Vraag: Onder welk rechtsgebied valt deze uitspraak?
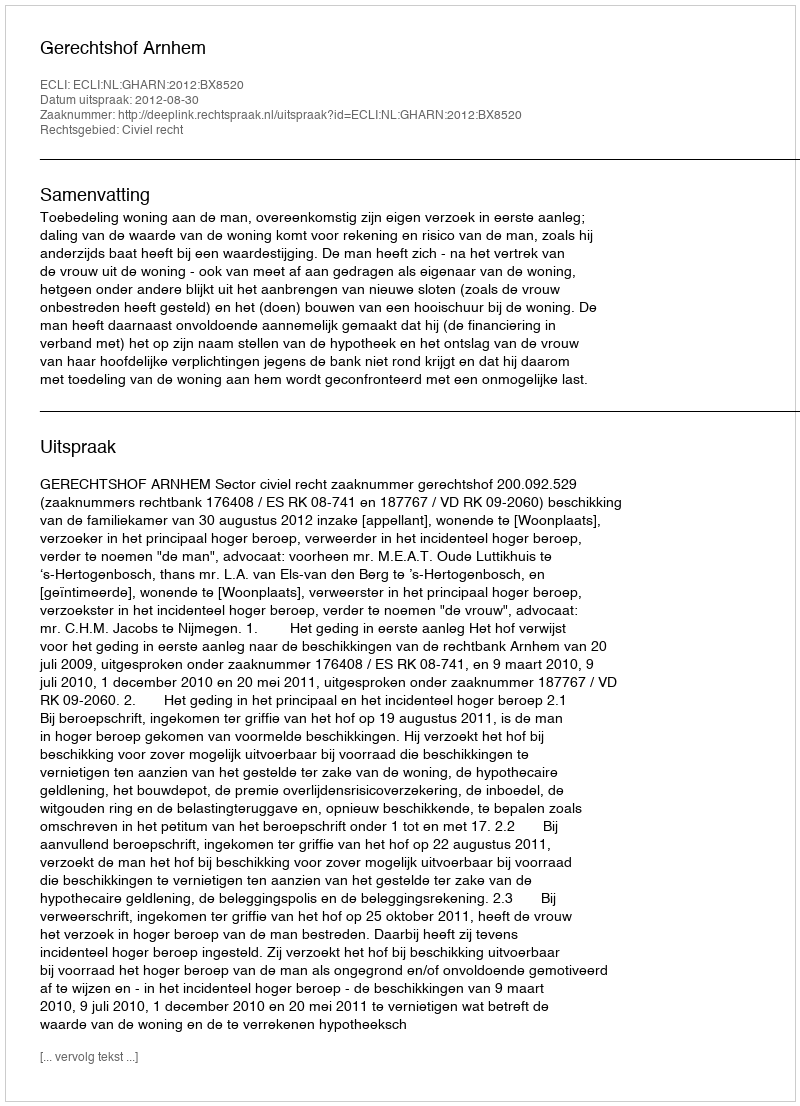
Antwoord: Civiel recht